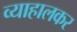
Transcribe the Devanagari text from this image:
व्याहालकर